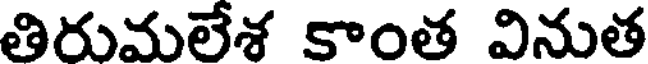
తిరుమలేశ కాంత వినుత